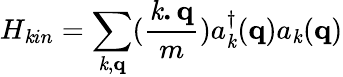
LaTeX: H_{\mathit{k}in}=\sum_{{\mathbf{{\mathit{k}}}},{\mathbf{{q}}}}(\frac{{{\mathbf{{\mathit{k}.q}}}}}{{m}})a_{{\mathbf{{\mathit{k}}}}}^{\dagger}({\mathbf{{q}}})a_{{\mathbf{{\mathit{k}}}}}({\mathbf{{q}}})